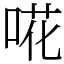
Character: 𠵅